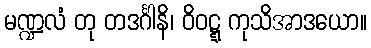
မဏ္ဍလံ တု တဒင်္ဂါနိ၊ ဝိဝဋ္ဋ ကုသိအာဒယော။